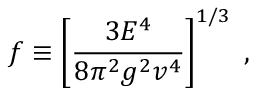
f \equiv \left[ \frac { 3 E ^ { 4 } } { 8 \pi ^ { 2 } g ^ { 2 } v ^ { 4 } } \right] ^ { 1 / 3 } \; ,